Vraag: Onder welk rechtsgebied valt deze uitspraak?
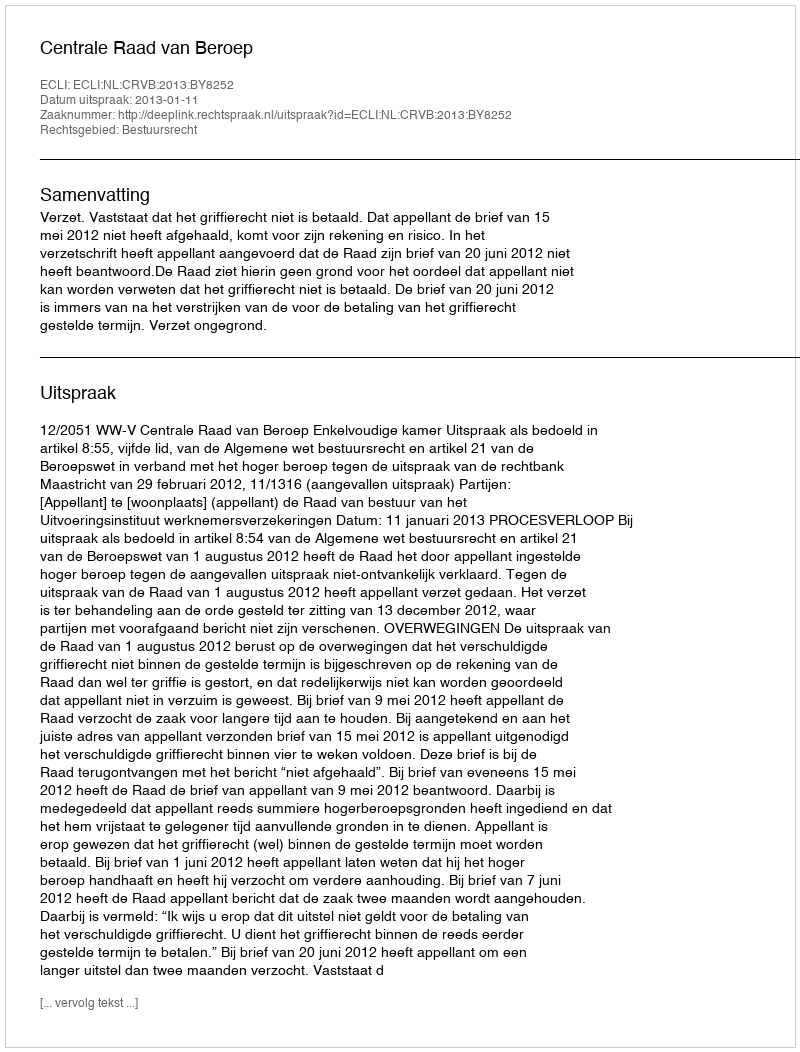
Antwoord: Bestuursrecht